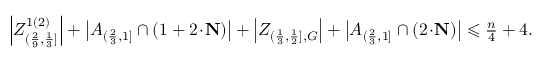
\begin{array} { r l } & { \left| Z _ { ( \frac { 2 } { 9 } , \frac { 1 } { 3 } ] } ^ { 1 ( 2 ) } \right| + \big | A _ { ( \frac { 2 } { 3 } , 1 ] } \cap ( 1 + 2 \! \cdot \! \mathbf { N } ) \big | + \left| Z _ { ( \frac { 1 } { 3 } , \frac { 1 } { 2 } ] , G } \right| + \big | A _ { ( \frac { 2 } { 3 } , 1 ] } \cap ( 2 \! \cdot \! \mathbf { N } ) \big | \leqslant \frac { n } { 4 } + 4 . } \end{array}